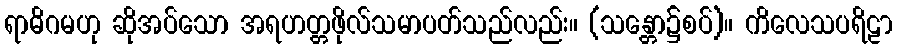
ရာဓိဂမဟု ဆိုအပ်သော အရဟတ္တဖိုလ်သမာပတ်သည်လည်း။ (သန္တော၌စပ်)။ ကိလေသပရိဠာ